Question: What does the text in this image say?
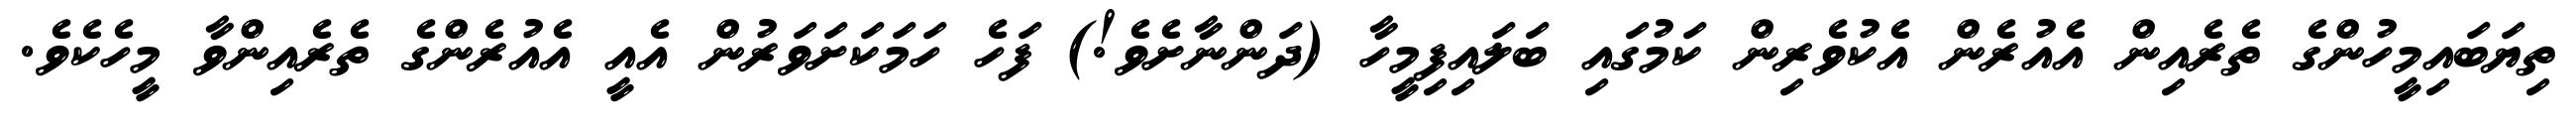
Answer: ތިޔަބައިމީހުންގެ ތެރެއިން އެއުރެން އެކުވެރިން ކަމުގައި ބަލައިފިމީހާ (ދަންނާށެވެ!) ފަހެ ހަމަކަށަވަރުން އެއީ އެއުރެންގެ ތެރެއިންވާ މީހެކެވެ.